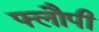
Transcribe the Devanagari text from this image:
फ्लौपी